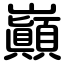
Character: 巓